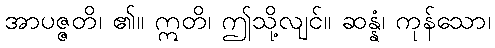
အာပဇ္ဇတိ၊ ၏။ ဣတိ၊ ဤသို့လျင်။ ဆန္နံ၊ ကုန်သော၊